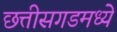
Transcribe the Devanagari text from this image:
छत्तीसगडमध्ये